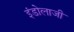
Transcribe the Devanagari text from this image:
इंडोलाजी